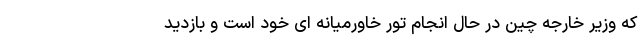
که وزیر خارجه چین در حال انجام تورِ خاورمیانه ای خود است و بازدید